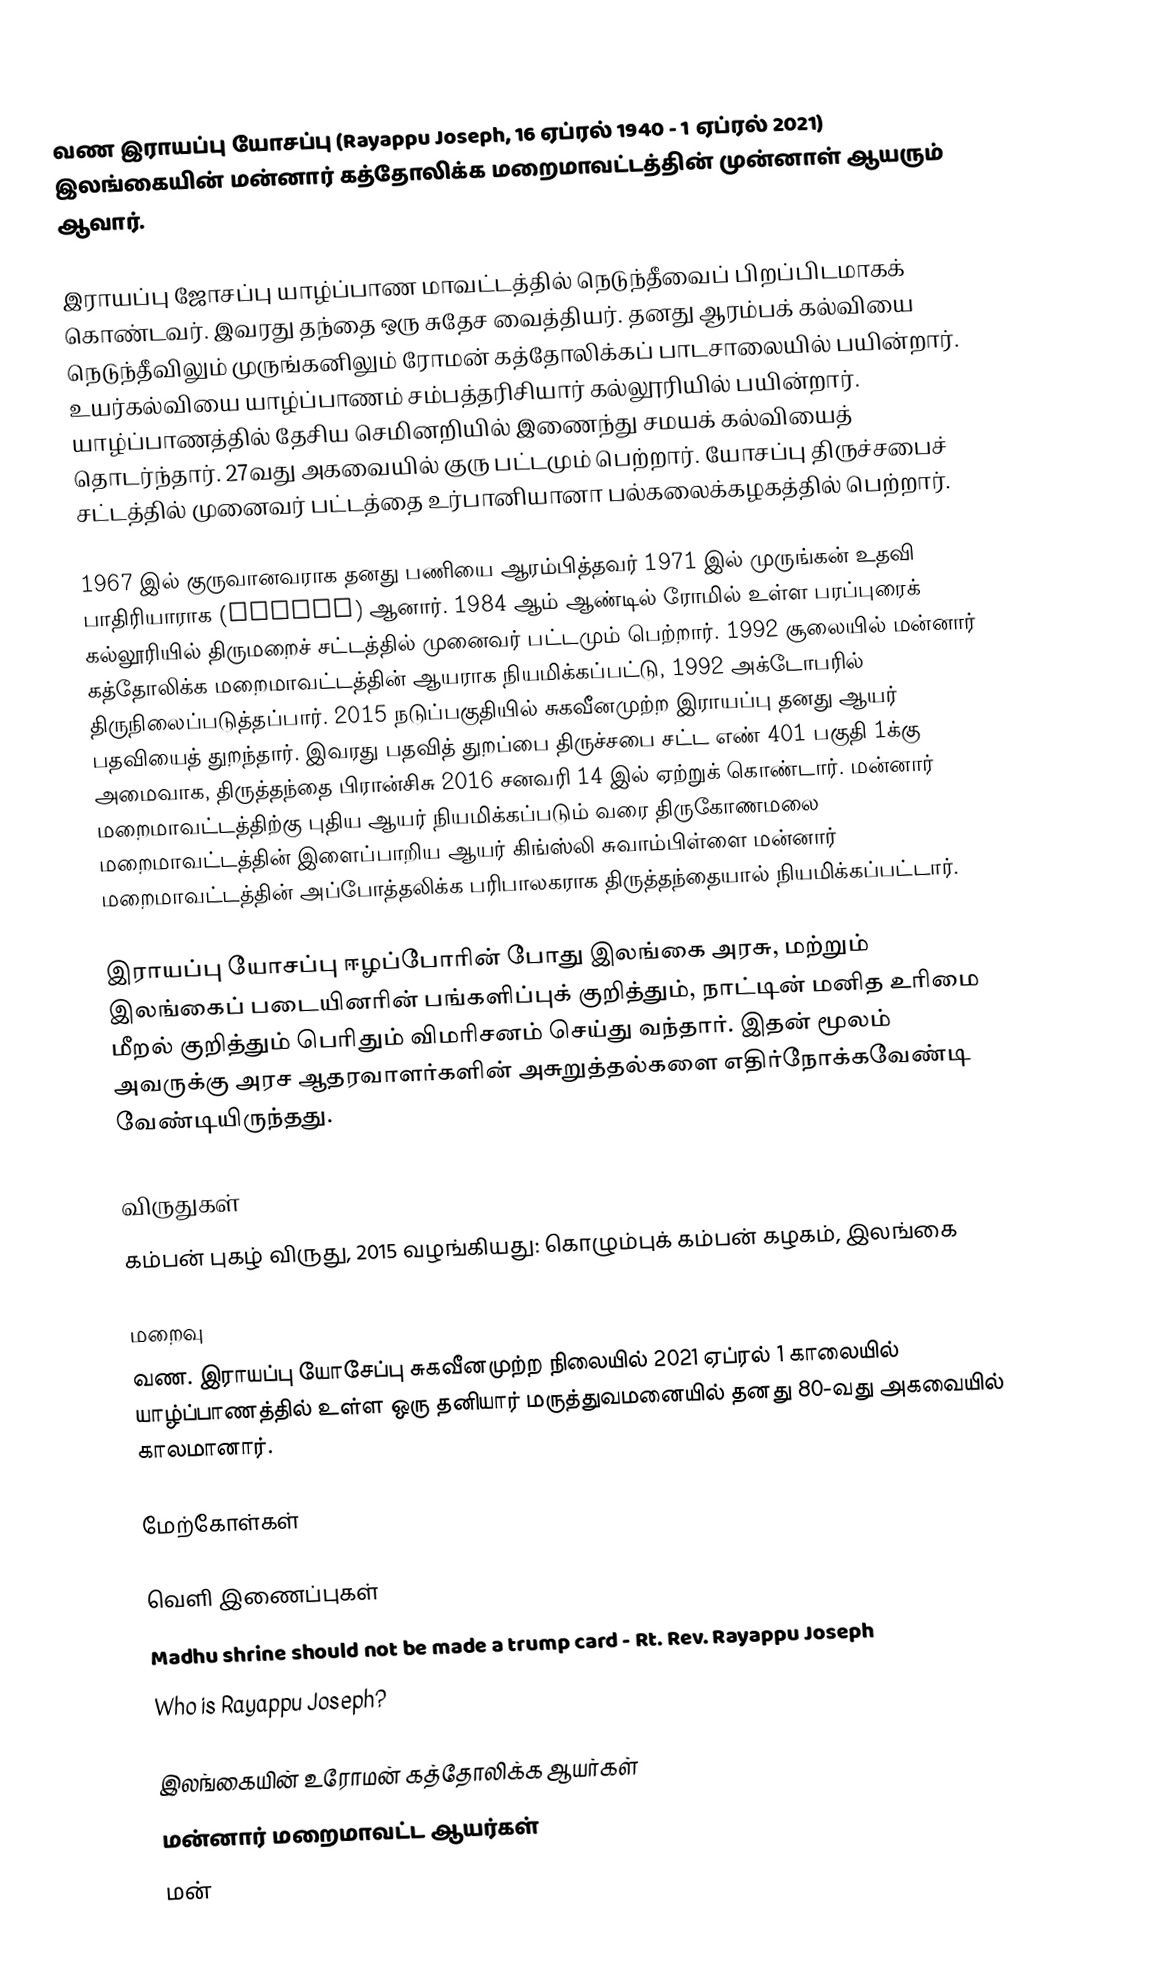
வண இராயப்பு யோசப்பு (Rayappu Joseph, 16 ஏப்ரல் 1940 - 1 ஏப்ரல் 2021) இலங்கையின் மன்னார் கத்தோலிக்க மறைமாவட்டத்தின் முன்னாள் ஆயரும் ஆவார்.

இராயப்பு ஜோசப்பு யாழ்ப்பாண மாவட்டத்தில் நெடுந்தீவைப் பிறப்பிடமாகக் கொண்டவர். இவரது தந்தை ஒரு சுதேச வைத்தியர். தனது ஆரம்பக் கல்வியை நெடுந்தீவிலும் முருங்கனிலும் ரோமன் கத்தோலிக்கப் பாடசாலையில் பயின்றார். உயர்கல்வியை யாழ்ப்பாணம் சம்பத்தரிசியார் கல்லூரியில் பயின்றார். யாழ்ப்பாணத்தில் தேசிய செமினறியில் இணைந்து சமயக் கல்வியைத் தொடர்ந்தார். 27வது அகவையில் குரு பட்டமும் பெற்றார். யோசப்பு திருச்சபைச் சட்டத்தில் முனைவர் பட்டத்தை உர்பானியானா பல்கலைக்கழகத்தில் பெற்றார்.

1967 இல் குருவானவராக தனது பணியை ஆரம்பித்தவர் 1971 இல் முருங்கன் உதவி பாதிரியாராக (pastor) ஆனார். 1984 ஆம் ஆண்டில் ரோமில் உள்ள பரப்புரைக் கல்லூரியில் திருமறைச் சட்டத்தில் முனைவர் பட்டமும் பெற்றார். 1992 சூலையில் மன்னார் கத்தோலிக்க மறைமாவட்டத்தின் ஆயராக நியமிக்கப்பட்டு, 1992 அக்டோபரில் திருநிலைப்படுத்தப்பார். 2015 நடுப்பகுதியில் சுகவீனமுற்ற இராயப்பு தனது ஆயர் பதவியைத் துறந்தார். இவரது பதவித் துறப்பை திருச்சபை சட்ட எண் 401 பகுதி 1க்கு அமைவாக, திருத்தந்தை பிரான்சிசு 2016 சனவரி 14 இல் ஏற்றுக் கொண்டார். மன்னார் மறைமாவட்டத்திற்கு புதிய ஆயர் நியமிக்கப்படும் வரை திருகோணமலை மறைமாவட்டத்தின் இளைப்பாறிய ஆயர் கிங்ஸ்லி சுவாம்பிள்ளை மன்னார் மறைமாவட்டத்தின் அப்போத்தலிக்க பரிபாலகராக திருத்தந்தையால் நியமிக்கப்பட்டார்.

இராயப்பு யோசப்பு ஈழப்போரின் போது இலங்கை அரசு, மற்றும் இலங்கைப் படையினரின் பங்களிப்புக் குறித்தும், நாட்டின் மனித உரிமை மீறல் குறித்தும் பெரிதும் விமரிசனம் செய்து வந்தார். இதன் மூலம் அவருக்கு அரச ஆதரவாளர்களின் அசுறுத்தல்களை எதிர்நோக்கவேண்டி வேண்டியிருந்தது.

விருதுகள்
 கம்பன் புகழ் விருது, 2015 வழங்கியது: கொழும்புக் கம்பன் கழகம், இலங்கை

மறைவு
வண. இராயப்பு யோசேப்பு சுகவீனமுற்ற நிலையில் 2021 ஏப்ரல் 1 காலையில் யாழ்ப்பாணத்தில் உள்ள ஒரு தனியார் மருத்துவமனையில் தனது 80-வது அகவையில் காலமானார்.

மேற்கோள்கள்

வெளி இணைப்புகள்
Madhu shrine should not be made a trump card - Rt. Rev. Rayappu Joseph
 Who is Rayappu Joseph?

இலங்கையின் உரோமன் கத்தோலிக்க ஆயர்கள்
மன்னார் மறைமாவட்ட ஆயர்கள்
மன்